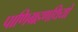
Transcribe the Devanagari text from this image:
पाणिग्रहणथियों